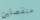
منفصلين